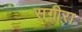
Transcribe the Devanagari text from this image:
सग़ीरा